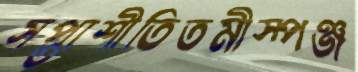
সপ্তাশীতিতমীস্পঞ্জ